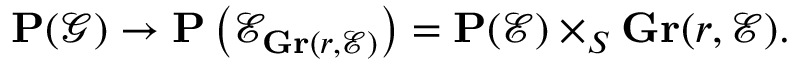
\mathbf { P } ( { \mathcal { G } } ) \to \mathbf { P } \left( { \mathcal { E } } _ { \mathbf { G r } ( r , { \mathcal { E } } ) } \right) = \mathbf { P } ( { \mathcal { E } } ) \times _ { S } \mathbf { G r } ( r , { \mathcal { E } } ) .